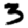
Digit: 3